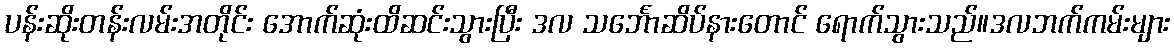
ပန်းဆိုးတန်းလမ်းအတိုင်း အောက်ဆုံးထိဆင်းသွားပြီး ဒလ သင်္ဘောဆိပ်နားတောင် ရောက်သွားသည်။ဒလဘက်ကမ်းများ